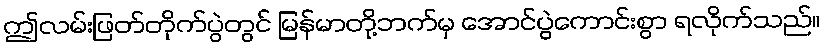
ဤလမ်းဖြတ်တိုက်ပွဲတွင် မြန်မာတို့ဘက်မှ အောင်ပွဲကောင်းစွာ ရလိုက်သည်။